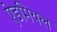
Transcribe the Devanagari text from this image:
ऐडमियल